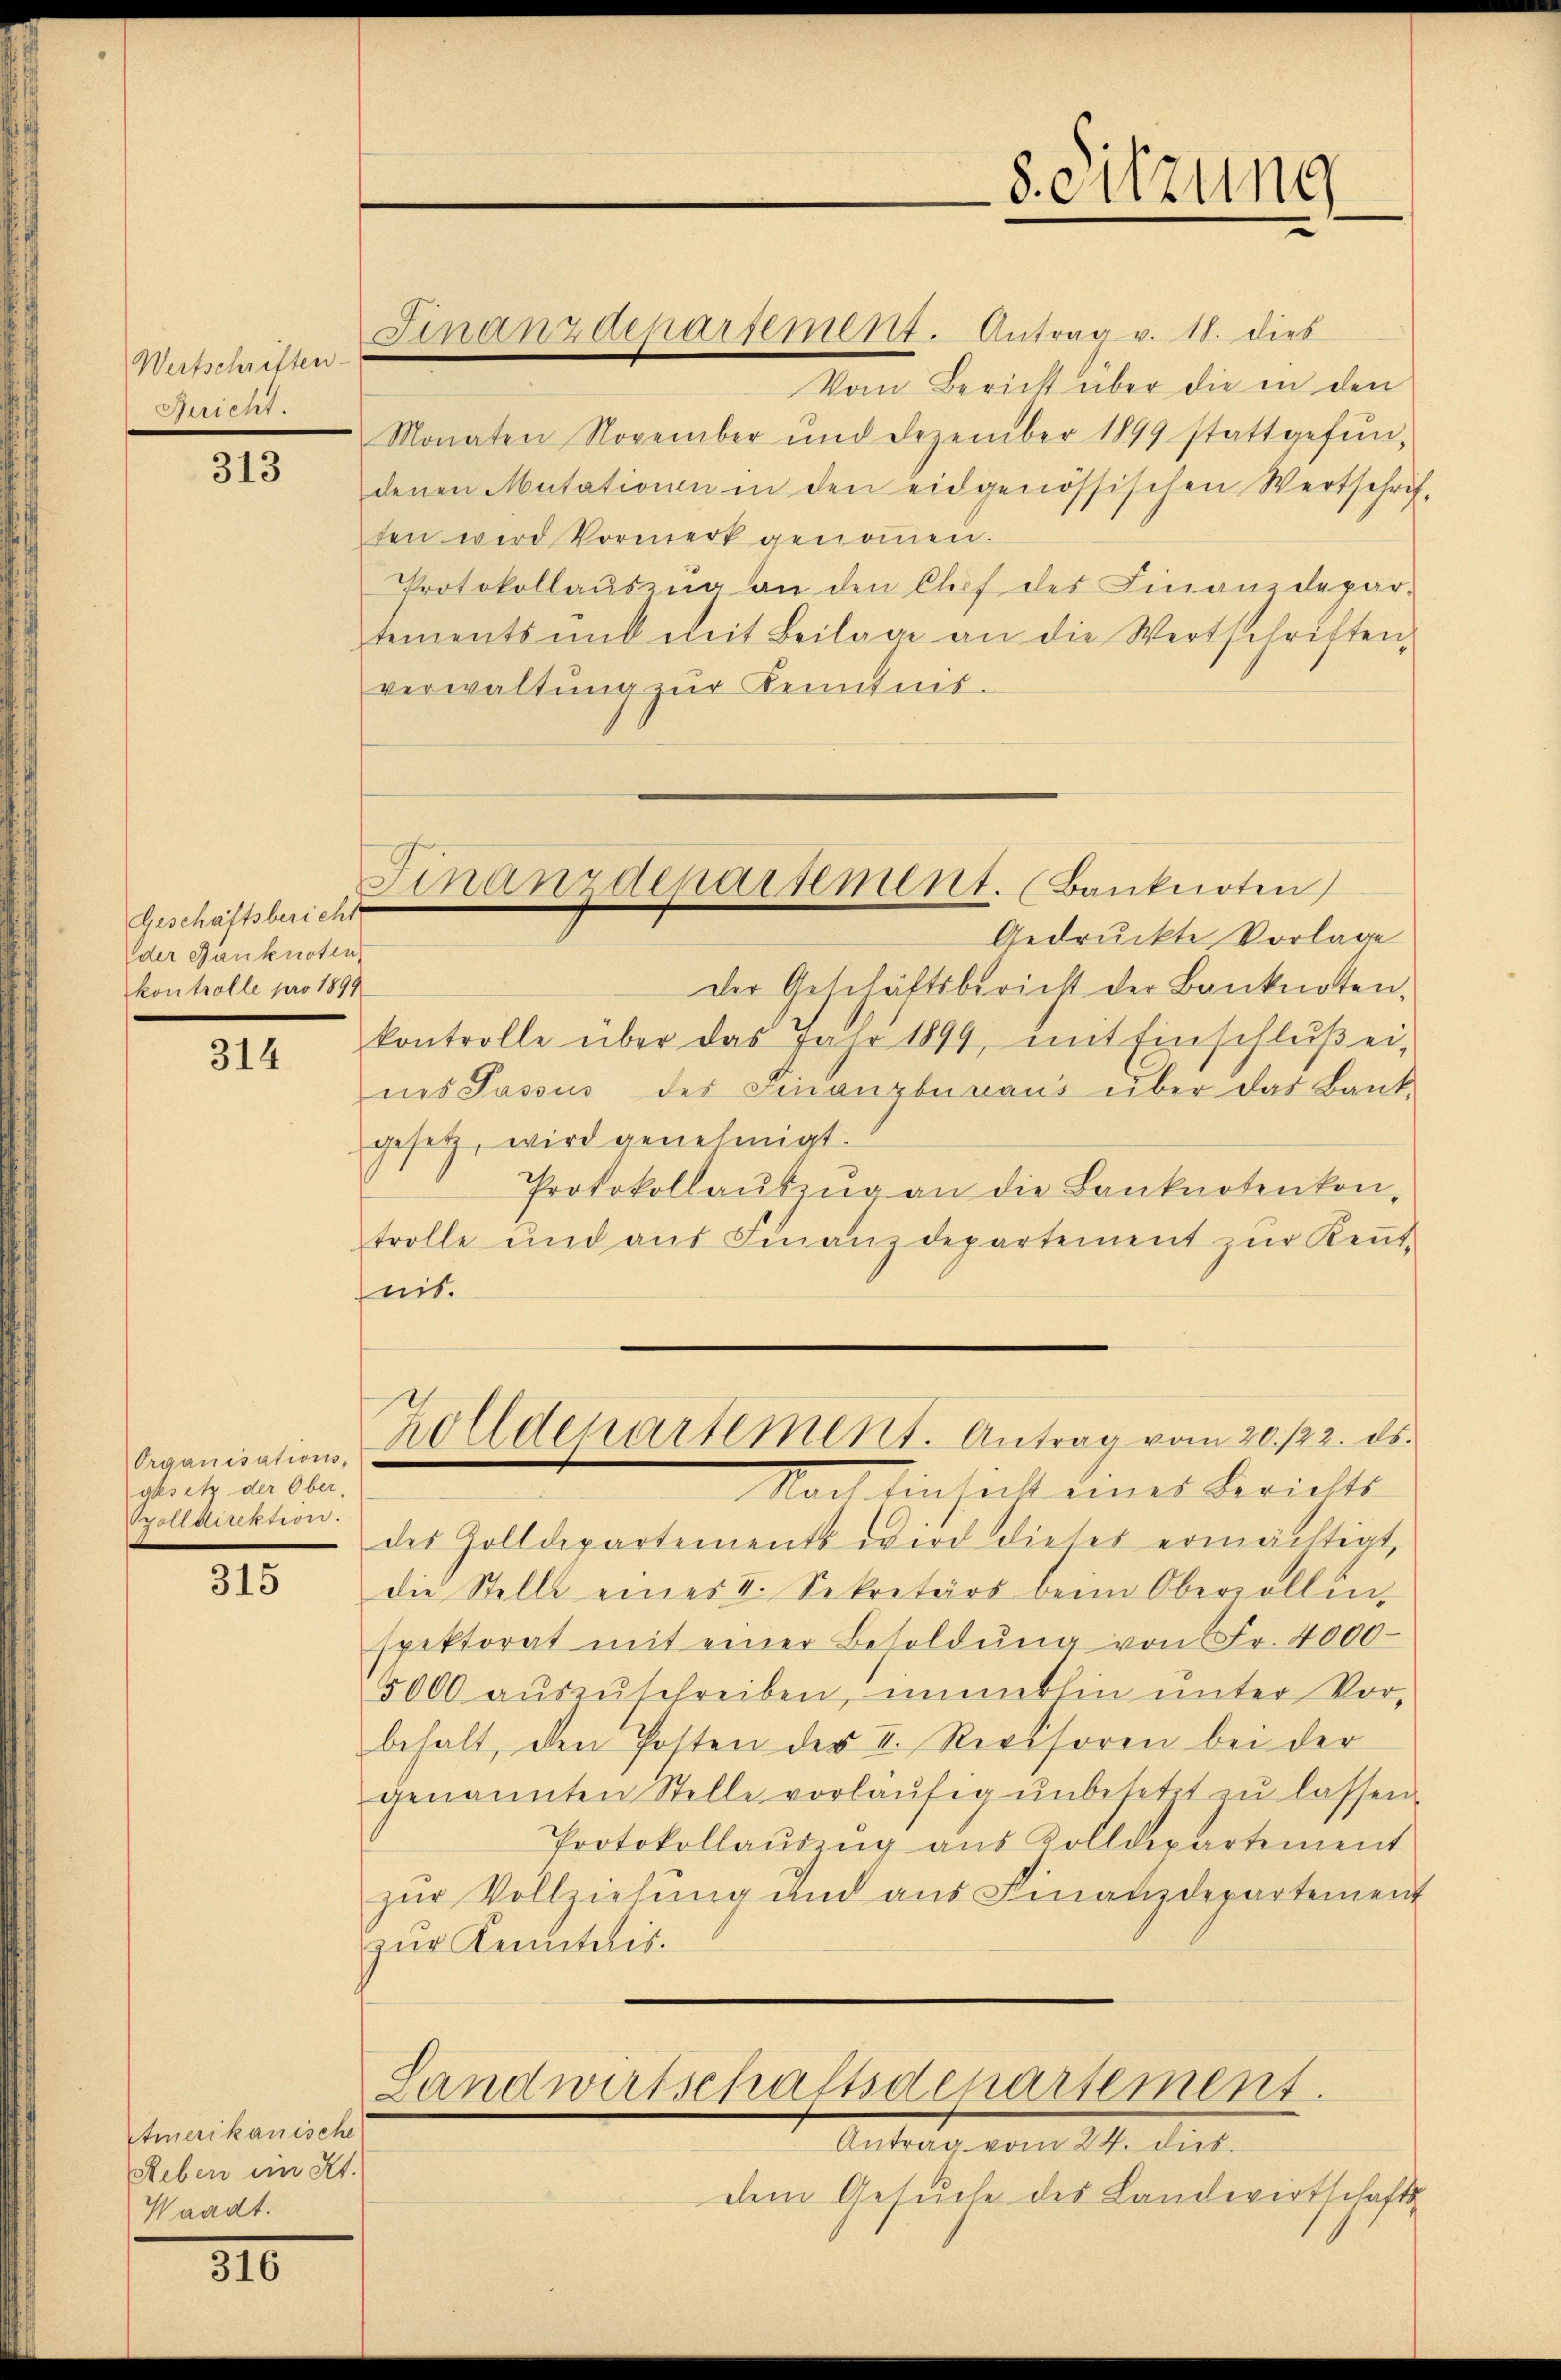
Wertschriften
Zürich.

313

Geschäftsbericht
der Banknoten
kontrolle pro 1899

314

Organisations-
gesetz der Ober-
Szolldirektion.

315

Vom Bericht aber die in den
Monaten November und Dezember 1899 stattgefŭn
denen Mutationen in den eidgenössischen Wertschrif-
ten wird Vormerk genoṁen.
Protokollaŭszŭg an den Clief des Finanzdepar-
tements und mit Beilage an die Wertschriften,
verwaltung zur Kenntnis.

Amerikanische
Leben ein Kt.
Waadt.

316

Finanzdeparsement. Antrag v. 18. dies

Gedruckte Vorlage
der Geschäftsbericht der Banknoten,
kontrolle über das Jahr 1899, mit Einschlŭβ ei-
nes Passus des Finanzbunaus über das Bank-
gesetz, wird genehmigt.
Protokollaŭszŭg an die Banknoten kon-
trolle und aŭs Finanzdepartement zŭr Keṅt-
heit.

Finanzdepartement. (Banknoten

Zolldepartement. Antrag vom 20./22. ds.

Nach Einsich eines Berichts
des Zolldepartements wird dieses ermächtigt,
die Stelle eines II. Sekretärs beim Oberzollin-
spektorat mit einer Besoldŭng von Fr. 4000
5000 auszuschreiben, immerhin unter Vorbehalt, den Posten der II. Revisoren bei der
genannten Stelle vorläŭfig ŭnbesetzt zŭ lassen.
Protokollauszug aus Zolldepartement
zŭr Vollziehŭng und aus Finanzdepartement
zur Kenntnis.
Landwirtschaftsdepartement
Antrag vom 24. dies
dem Gesuche des Landwirtschafts

-Sitzung